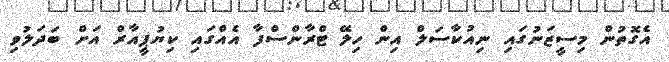
އެގޮތުން މިސީޒަނުގައި ނިއުކާސަލް އިން ހިލޭ ޓްރާންސްފާ އެއްގައި ކިޔުޕީއާރް އަށް ބަދަލުވި